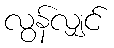
လွန်လျှင်